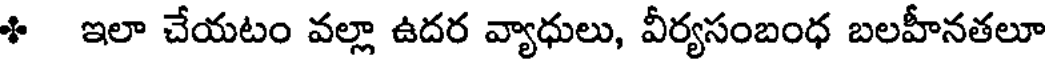
ి ఇలా చేయటం వల్లా ఉదర వ్యాధులు, వీర్యసంబంధ బలహీనతలూ